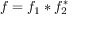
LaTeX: f = f _ { 1 } * f _ { 2 } ^ { * }